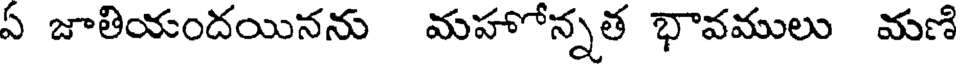
ఏ జాతియందయినను మహోన్నత భావములు మణి